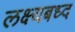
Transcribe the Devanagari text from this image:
लक्ष्यबध्द